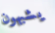
يشبهون